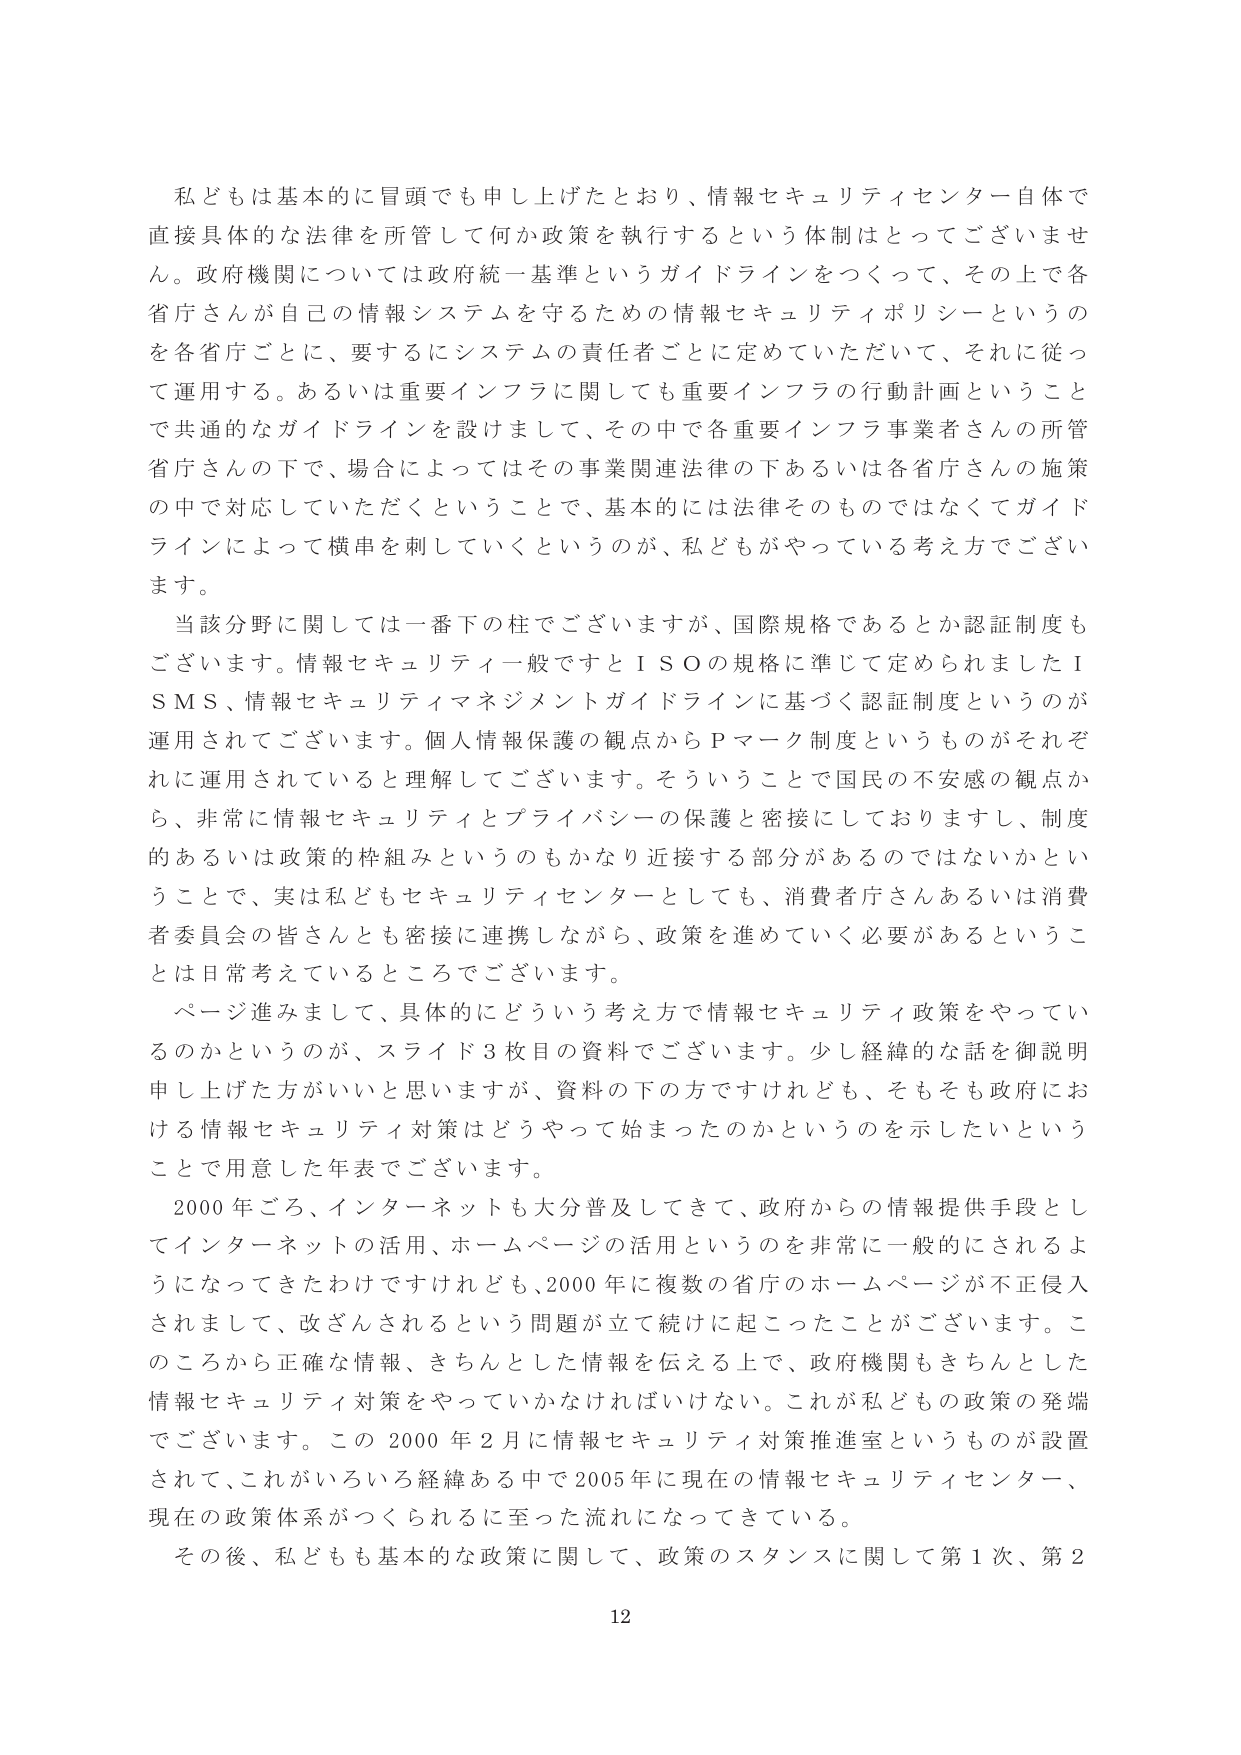
私どもは基本的に冒頭でも申し上げたとおり、情報セキュリティセンター自体で直接具体的な法律を所管して何か政策を執行するという体制はとってございません。政府機関については政府統一基準というガイドラインをつくって、その上で各省庁さんが自己の情報システムを守るための情報セキュリティポリシーというのを各省庁ごとに、要するにシステムの責任者ごとに定めていただいて、それに従って運用する。あるいは重要インフラに関しても重要インフラの行動計画ということで共通的なガイドラインを設けまして、その中で各重要インフラ事業者さんの所管省庁さんの下で、場合によってはその事業関連法律の下あるいは各省庁さんの施策の中で対応していただくということで、基本的には法律そのものではなくてガイドラインによって横串を刺していくというのが、私どもがやっている考え方でございます。

当該分野に関しては一番下の柱でございますが、国際規格であるとか認証制度もございます。情報セキュリティ一般ですとＩＳＯの規格に準じて定められましたＩＳＭＳ、情報セキュリティマネジメントガイドラインに基づく認証制度というのが運用されてございます。個人情報保護の観点からＰマーク制度というものがそれぞれに運用されていると理解してございます。そういうことで国民の不安感の観点から、非常に情報セキュリティとプライバシーの保護と密接にしておりますし、制度的あるいは政策的枠組みというのもかなり近接する部分があるのではないかということで、実は私どもセキュリティセンターとしても、消費者庁さんあるいは消費者委員会の皆さんとも密接に連携しながら、政策を進めていく必要があるということは日常考えているところでございます。

ページ進みまして、具体的にどういう考え方で情報セキュリティ政策をやっているのかというのが、スライド３枚目の資料でございます。少し経緯的な話を御説明申し上げた方がいいと思いますが、資料の下の方ですけれども、そもそも政府における情報セキュリティ対策はどうやって始まったのかというのを示したいということで用意した年表でございます。

2000年ごろ、インターネットも大分普及してきて、政府からの情報提供手段としてインターネットの活用、ホームページの活用というのを非常に一般的にされるようになってきたわけですが、2000年に複数の省庁のホームページが不正侵入されまして、改ざんされるという問題が立て続けに起こったことがございます。このころから正確な情報、きちんとした情報を伝える上で、政府機関もきちんとした情報セキュリティ対策をやっていかなければならない。これが私どもの政策の発端でございます。この2000年2月に情報セキュリティ対策推進室というものが設置されて、これがいろいろ経緯ある中で2005年に現在の情報セキュリティセンター、現在の政策体系がつくられるに至った流れになってきている。

その後、私どもも基本的な政策に関して、政策のスタンスに関して第1次、第2

12